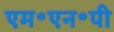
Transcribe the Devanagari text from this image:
एम॰एन॰पी